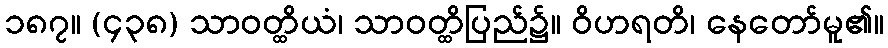
၁၈၇။ (၄၃၈) သာဝတ္ထိယံ၊ သာဝတ္ထိပြည်၌။ ဝိဟရတိ၊ နေတော်မူ၏။